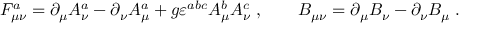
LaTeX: F _ { \mu \nu } ^ { a } = \partial _ { \mu } A _ { \nu } ^ { a } - \partial _ { \nu } A _ { \mu } ^ { a } + g \varepsilon ^ { a b c } A _ { \mu } ^ { b } A _ { \nu } ^ { c } \; , \qquad B _ { \mu \nu } = \partial _ { \mu } B _ { \nu } - \partial _ { \nu } B _ { \mu } \; .